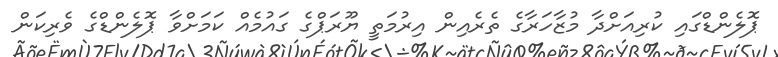
ޕޮލެންޑްގައި ކުރިއަށްދާ މުޒާހަރާގެ ތެރެއިން އިރުމަތީ ޔޫރަޕްގެ ގައުމެއް ކަމަށްވާ ޕޮލެންޑްގެ ވެރިކަން